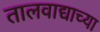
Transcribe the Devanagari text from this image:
तालवाद्याच्या